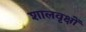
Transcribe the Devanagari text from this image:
शालवृक्षों